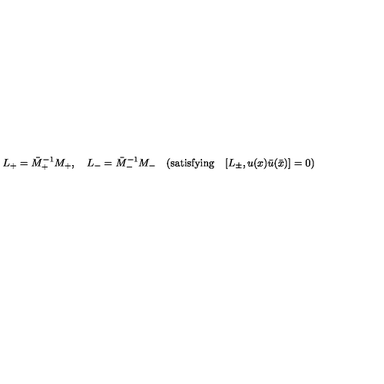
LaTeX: L _ { + } = { \bar { M } } _ { + } ^ { - 1 } M _ { + } , \quad L _ { - } = { \bar { M } } _ { - } ^ { - 1 } M _ { - } \quad ( \mathrm { s a t i s f y i n g } \quad [ L _ { \pm } , u ( x ) { \bar { u } } ( \bar { x } ) ] = 0 )